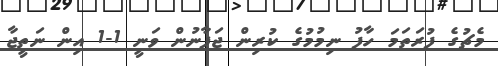
މެޗުގެ ފުރަތަމަ ހާފު ނިމުމުގެ ކުރިން ޖަޕާނުން ވަނީ 1-1 އިން ނަތީޖާ